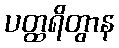
ပတ္ထရိတွာန